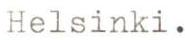
Helsinki.